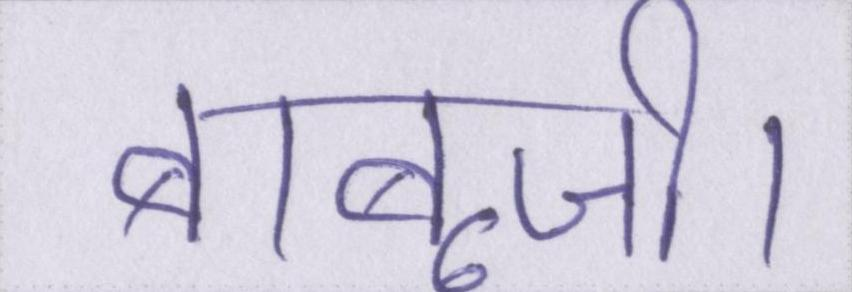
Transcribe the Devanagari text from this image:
बाबूजी।